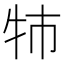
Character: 㸬